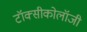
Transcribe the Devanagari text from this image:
टॉक्सीकोलॉजी